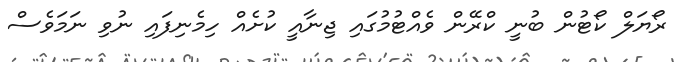
ރޯޔަލް ކޯޓުން ބުނީ ކްރޭން ވެއްޓުމުގައި ޖިނާއީ ކުށެއް ހިމެނިފައި ނުވި ނަމަވެސް